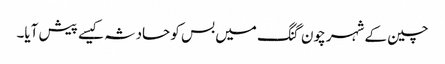
چین کے شہر چون گنگ میں بس کو حادثہ کیسے پیش آیا۔